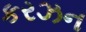
કરઝન